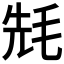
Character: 𣭡